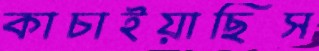
কাচাইয়াছিস